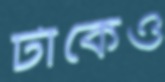
টাকেও